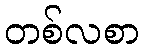
တစ်လစာ